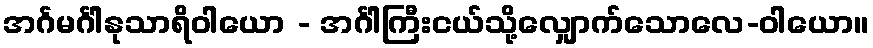
အင်္ဂမင်္ဂါနုသာရိဝါယော - အင်္ဂါကြီးငယ်သို့လျှောက်သောလေ-ဝါယော။